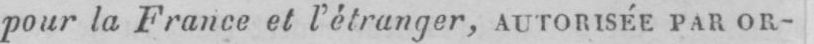
pour la France et l’étranger, AUTORISÉE PAR OR-